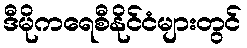
ဒီမိုကရေစီနိုင်ငံများတွင်